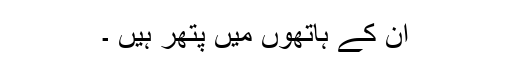
ان کے ہاتھوں میں پتھر ہیں ۔